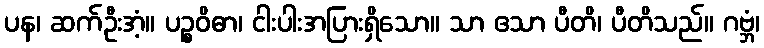
ပန၊ ဆက်ဦးအံ့။ ပဉ္စဝိဓာ၊ ငါးပါးအပြားရှိသော။ သာ ဧသာ ပီတိ၊ ပီတိသည်။ ဂဗ္ဘံ၊